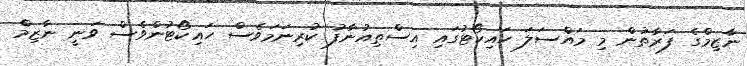
ނާޒިމްގެ ފަރާތުން މި މައްސަލަ ހައިކޯޓުގައި އިސްތިއުނާފު ކުރިނަމަވެސް ހައިކޯޓުންވެސް ވަނީ ނާޒިމް